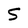
Character: S